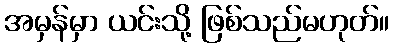
အမှန်မှာ ယင်းသို့ ဖြစ်သည်မဟုတ်။